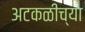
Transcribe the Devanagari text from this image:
अटकळीच्या